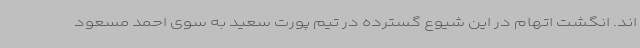
اند. انگشت اتهام در این شیوع گسترده در تیم پورت سعید به سوی احمد مسعود